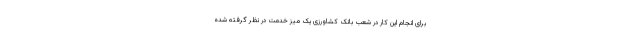
برای انجام این کار در شعب بانک کشاورزی یک میز خدمت در نظر گرفته شده